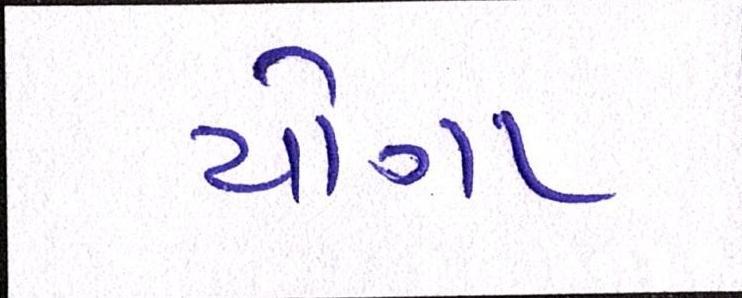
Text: યોગા